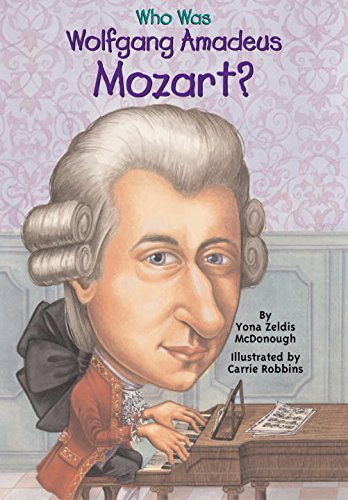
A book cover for Who Was Wolfgang Amadeus Mozart?; Yona Zeldis McDonough; Biographies & Memoirs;